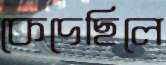
কেদেছিলে